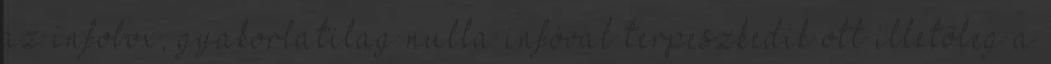
az infobox, gyakorlatilag nulla infóval terpeszkedik ott illetőleg a